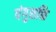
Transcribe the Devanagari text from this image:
पंगुशक्ति